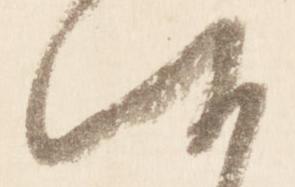
朝